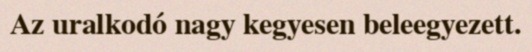
Az uralkodó nagy kegyesen beleegyezett.